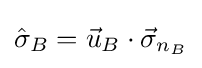
{\textstyle {\hat {\sigma }}_{B}={\vec {u}}_{B}\cdot {\vec {\sigma }}_{n_{B}}}